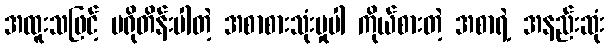
အထူးသဖြင့် ပရိုတိန်းပါတဲ့ အစာစားသုံးမှုပါ ကိုယ်စားတဲ့ အစာရဲ့ အနည်းဆုံး